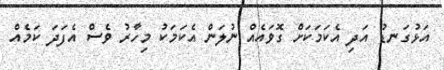
އަޅުގަނޑު އަދި އެކަމަކަށް ގޮވައެއް ނުލަން އެކަމަކު މިހާރު ވެސް އެފަދަ ކަމެއް